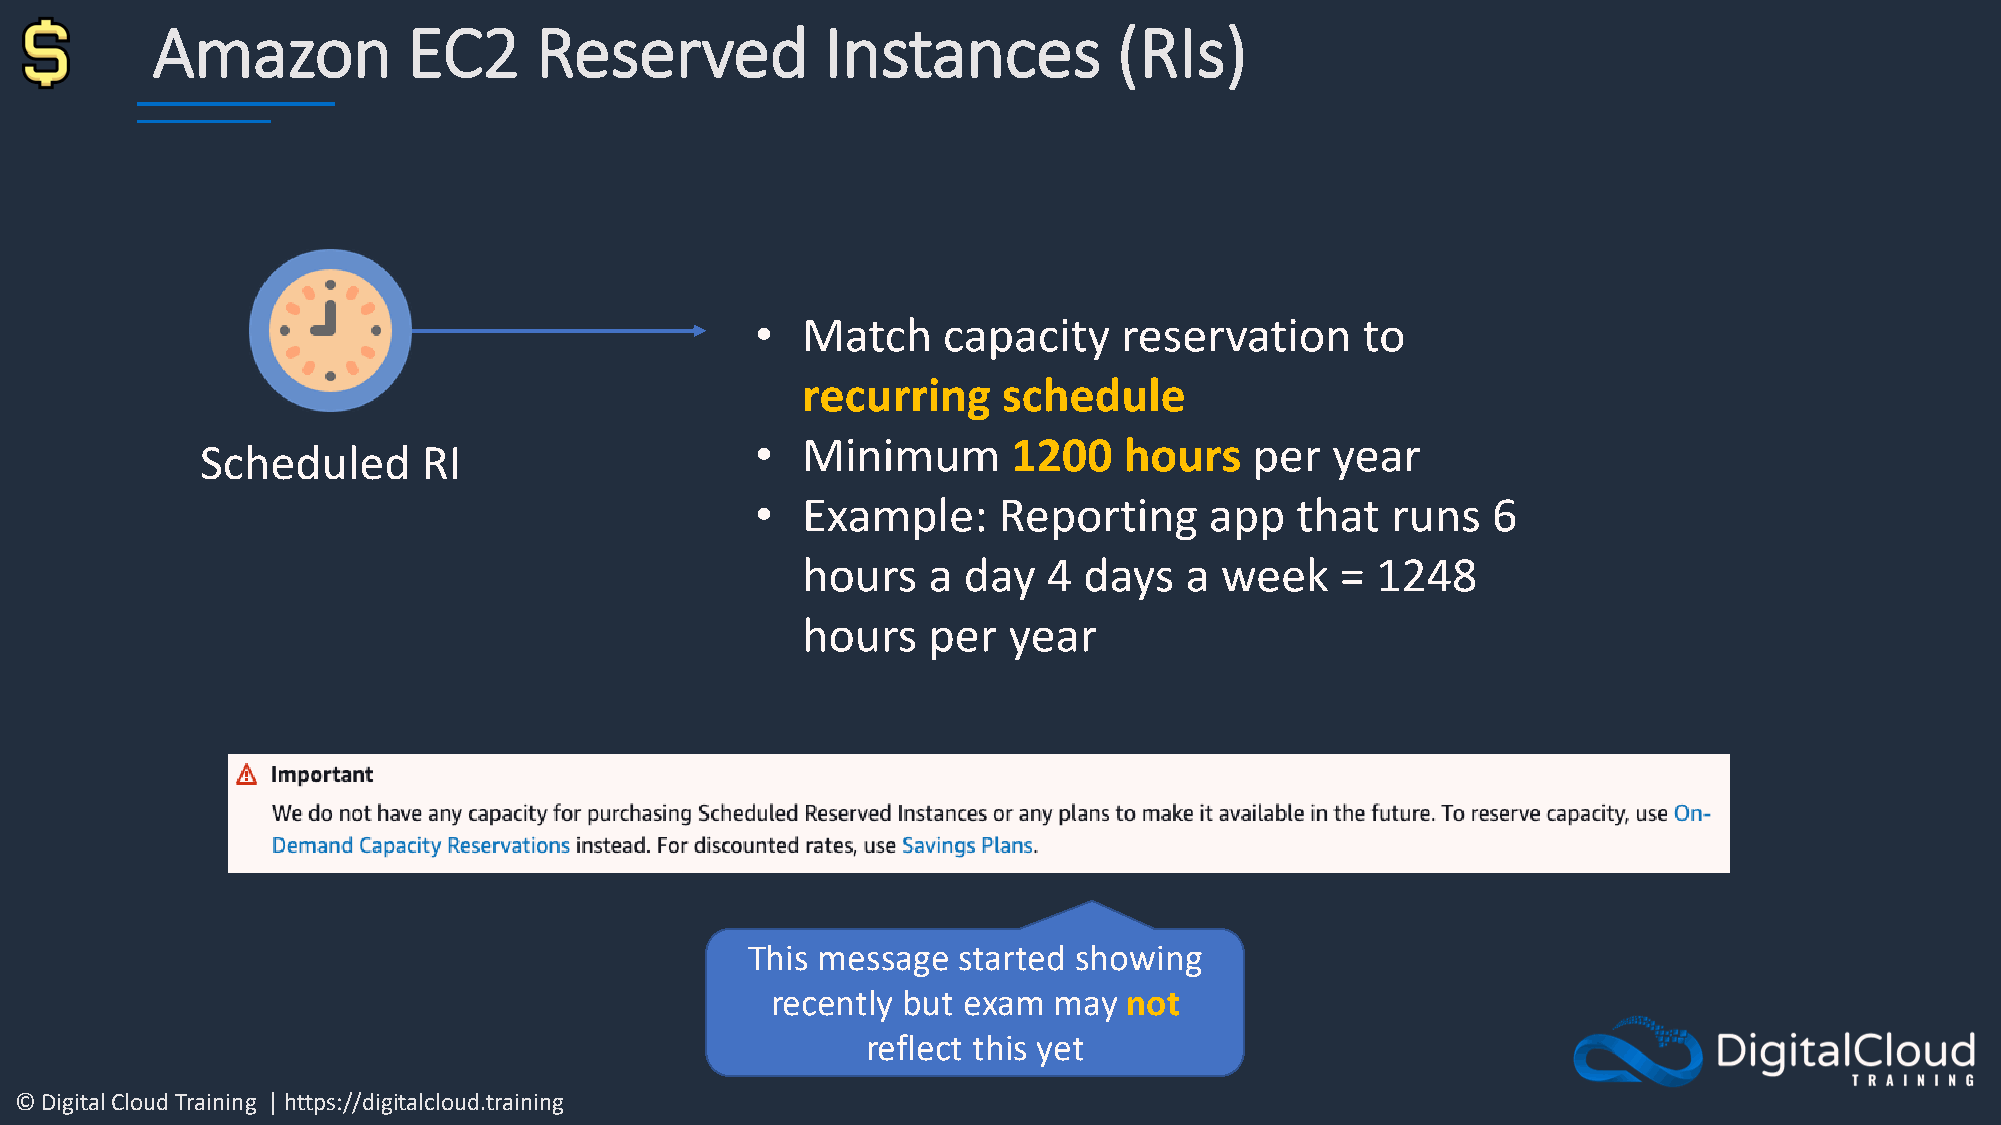
Amazon           EC2     Reserved            Instances          (RIs)
 •  Match    capacity    reservation     to
 recurring    schedule
 •  Minimum       1200   hours    per  year
 Scheduled      RI
 •  Example:     Reporting     app   that  runs   6
 hours   a  day  4  days  a  week    = 1248
 hours   per   year
 This message started showing
 recently but exam  may  not
 reflect this yet
 © Digital Cloud Training | https://digitalcloud.training